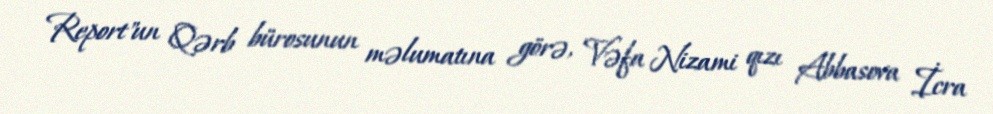
Report"un Qərb bürosunun məlumatına görə, Vəfa Nizami qızı Abbasova İcra